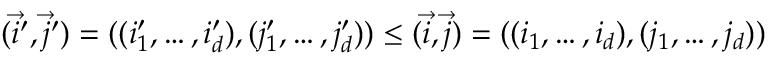
( \vec { i } ^ { \prime } , \vec { j } ^ { \prime } ) = ( ( i _ { 1 } ^ { \prime } , \dots , i _ { d } ^ { \prime } ) , ( j _ { 1 } ^ { \prime } , \dots , j _ { d } ^ { \prime } ) ) \leq ( \vec { i } , \vec { j } ) = ( ( i _ { 1 } , \dots , i _ { d } ) , ( j _ { 1 } , \dots , j _ { d } ) )